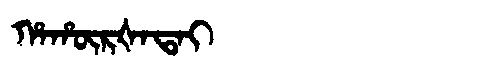
Manchu: ᡥᠠᡥᡡᡵᡧᠠᡨᠠᡳ
Romanization: HAHŪRŠATAI